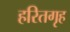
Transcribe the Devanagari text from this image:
हरितगृह